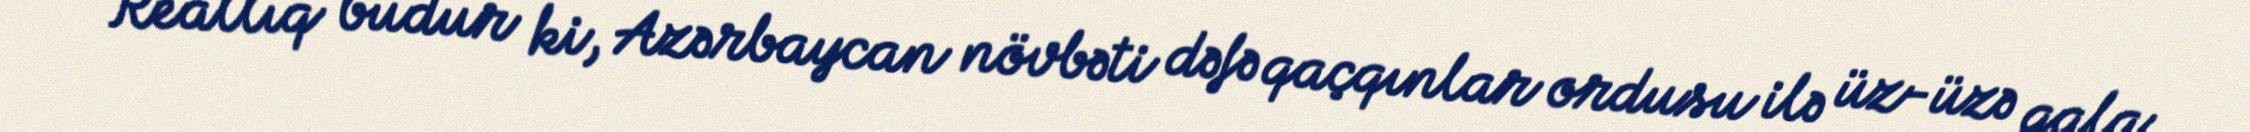
- Reallıq budur ki, Azərbaycan növbəti dəfə qaçqınlar ordusu ilə üz-üzə qala